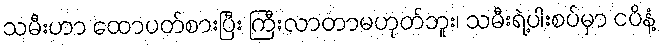
သမီးဟာ ထောပတ်စားပြီး ကြီးလာတာမဟုတ်ဘူး၊ သမီးရဲ့ပါးစပ်မှာ ငပိနံ့